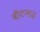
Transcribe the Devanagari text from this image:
बीटलज़